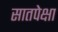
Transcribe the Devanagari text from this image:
सातपेक्षा